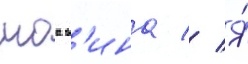
моа в'ина // Я́